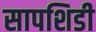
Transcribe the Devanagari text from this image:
सापशिडी